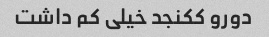
دورو ککنجد خیلی کم داشت